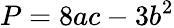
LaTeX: P=8ac-3b^{2}